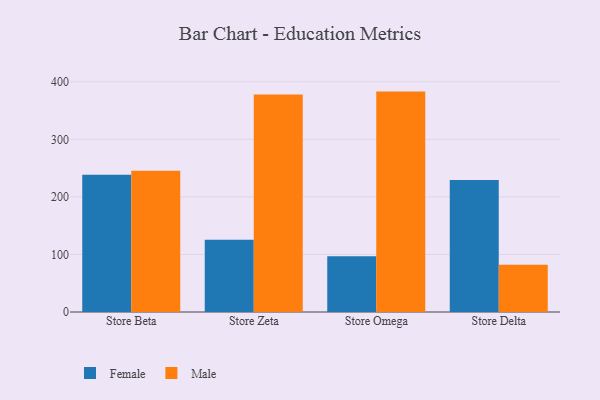
{"axis": {"x": "Store", "y": "Website Visitors"}, "legend": ["Female", "Male"], "data": [{"x": "Store Beta", "y": 238.5, "type": "Female"}, {"x": "Store Beta", "y": 245.6, "type": "Male"}, {"x": "Store Zeta", "y": 125.4, "type": "Female"}, {"x": "Store Zeta", "y": 377.7, "type": "Male"}, {"x": "Store Omega", "y": 97.0, "type": "Female"}, {"x": "Store Omega", "y": 382.9, "type": "Male"}, {"x": "Store Delta", "y": 229.3, "type": "Female"}, {"x": "Store Delta", "y": 82.2, "type": "Male"}]}